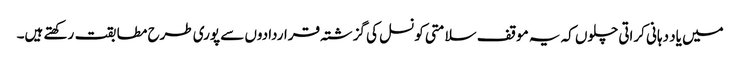
میں یاد دہانی کراتی چلوں کہ یہ موقف سلامتی کونسل کی گزشتہ قراردادوں سے پوری طرح مطابقت رکھتے ہیں۔